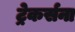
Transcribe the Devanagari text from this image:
ट्रेकर्सना